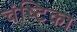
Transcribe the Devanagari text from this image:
चंष्टिका